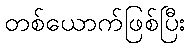
တစ်ယောက်ဖြစ်ပြီး